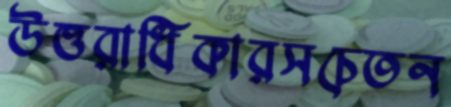
উত্তরাধিকারসচেতন